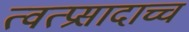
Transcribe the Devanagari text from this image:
त्वत्प्रसादाच्च